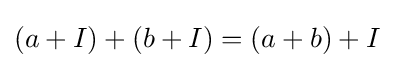
(a+I)+(b+I)=(a+b)+I